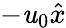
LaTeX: -\mathit{u}_{0}\hat{{x}}